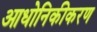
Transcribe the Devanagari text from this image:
आधोनिकीकरण